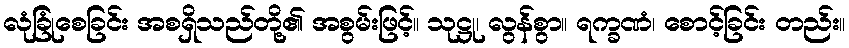
လုံခြုံစေခြင်း အစရှိသည်တို့၏ အစွမ်းဖြင့်။ သုဋ္ဌု၊ လွန်စွာ။ ရက္ခဏံ၊ စောင့်ခြင်း တည်း။